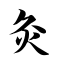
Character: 灸